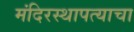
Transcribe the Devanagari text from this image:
मंदिरस्थापत्याचा